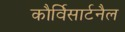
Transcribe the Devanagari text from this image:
कौर्विसार्टनैल